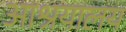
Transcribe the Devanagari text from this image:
आश्रयालय